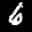
Label: 6